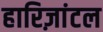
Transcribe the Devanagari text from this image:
हारिज़ांटल